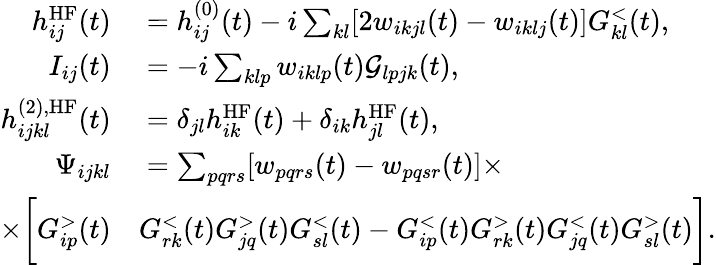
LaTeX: \begin{array}{rl}{h_{ij}^{\textrm{HF}}(t)}&{{}=h_{ij}^{(0)}(t)-i\sum_{kl}[2w_{ikjl}(t)-w_{iklj}(t)]G_{kl}^{<}(t),}\\ {I_{ij}(t)}&{{}=-i\sum_{klp}w_{iklp}(t)\mathcal{G}_{lpjk}(t),}\\ {h_{ijkl}^{(2),\textrm{HF}}(t)}&{{}=\delta_{jl}h_{ik}^{\textrm{HF}}(t)+\delta_{ik}h_{jl}^{\textrm{HF}}(t),}\\ {\Psi_{ijkl}}&{{}=\sum_{pqrs}[w_{pqrs}(t)-w_{pqsr}(t)]\times}\\ {\times\bigg[G_{ip}^{>}(t)}&{{}G_{rk}^{<}(t)G_{jq}^{>}(t)G_{sl}^{<}(t)-G_{ip}^{<}(t)G_{rk}^{>}(t)G_{jq}^{<}(t)G_{sl}^{>}(t)\bigg].}\end{array}